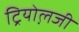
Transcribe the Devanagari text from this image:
ट्रियोल़जी